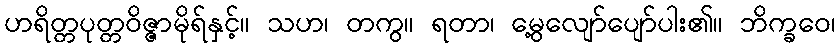
ဟရိတ္တပုတ္တဝိဇ္ဇာမိုရ်နှင့်။ သဟ၊ တကွ။ ရတာ၊ မွေ့လျော်ပျော်ပါး၏။ ဘိက္ခဝေ၊